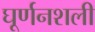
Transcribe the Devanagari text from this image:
घूर्णनशली